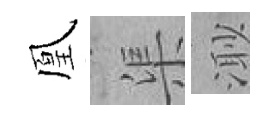
凰渠𣺌